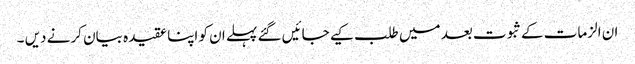
ان الزمات کےثبوت بعد میں طلب کیے جائیں گئے پہلے ان کو اپنا عقیدہ بیان کرنے دیں ۔